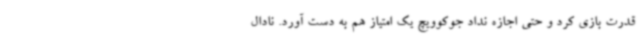
قدرت بازی کرد و حتی اجازه نداد جوکوویچ یک امتیاز هم به دست آورد. نادال